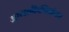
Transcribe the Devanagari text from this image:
आगळीकीनंतर